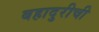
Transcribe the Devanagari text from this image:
बहादुरीची